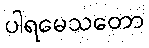
ပါရမေသတော